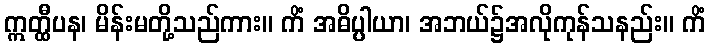
ဣတ္ထီပန၊ မိန်းမတို့သည်ကား။ ကိံ အဓိပ္ပါယာ၊ အဘယ်၌အလိုကုန်သနည်း။ ကိံ